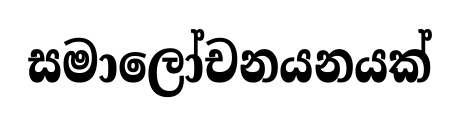
සමාලෝචනයනයක්